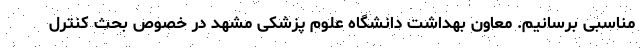
مناسبی برسانیم. معاون بهداشت دانشگاه علوم پزشکی مشهد در خصوص بحث کنترل